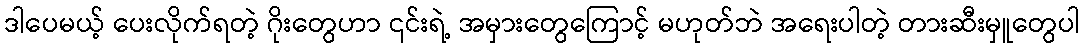
ဒါပေမယ့် ပေးလိုက်ရတဲ့ ဂိုးတွေဟာ ၎င်းရဲ့ အမှားတွေကြောင့် မဟုတ်ဘဲ အရေးပါတဲ့ တားဆီးမှူတွေပါ